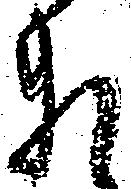
頼